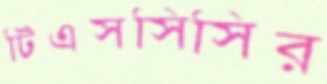
টিএসসিসির